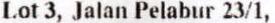
LOT 3, JALAN PELABUR 23/1,